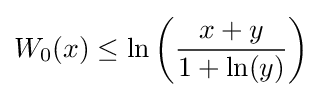
W_{0}(x)\leq \ln \left({\frac {x+y}{1+\ln(y)}}\right)